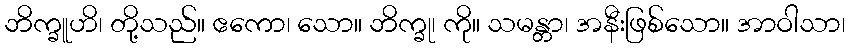
ဘိက္ခူဟိ၊ တို့သည်။ ဧကော၊ သော။ ဘိက္ခု၊ ကို။ သမန္တာ၊ အနီးဖြစ်သော။ အာဝါသာ၊